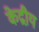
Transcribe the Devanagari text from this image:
केद्रीय